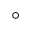
^ \circ